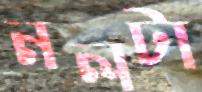
নলটা